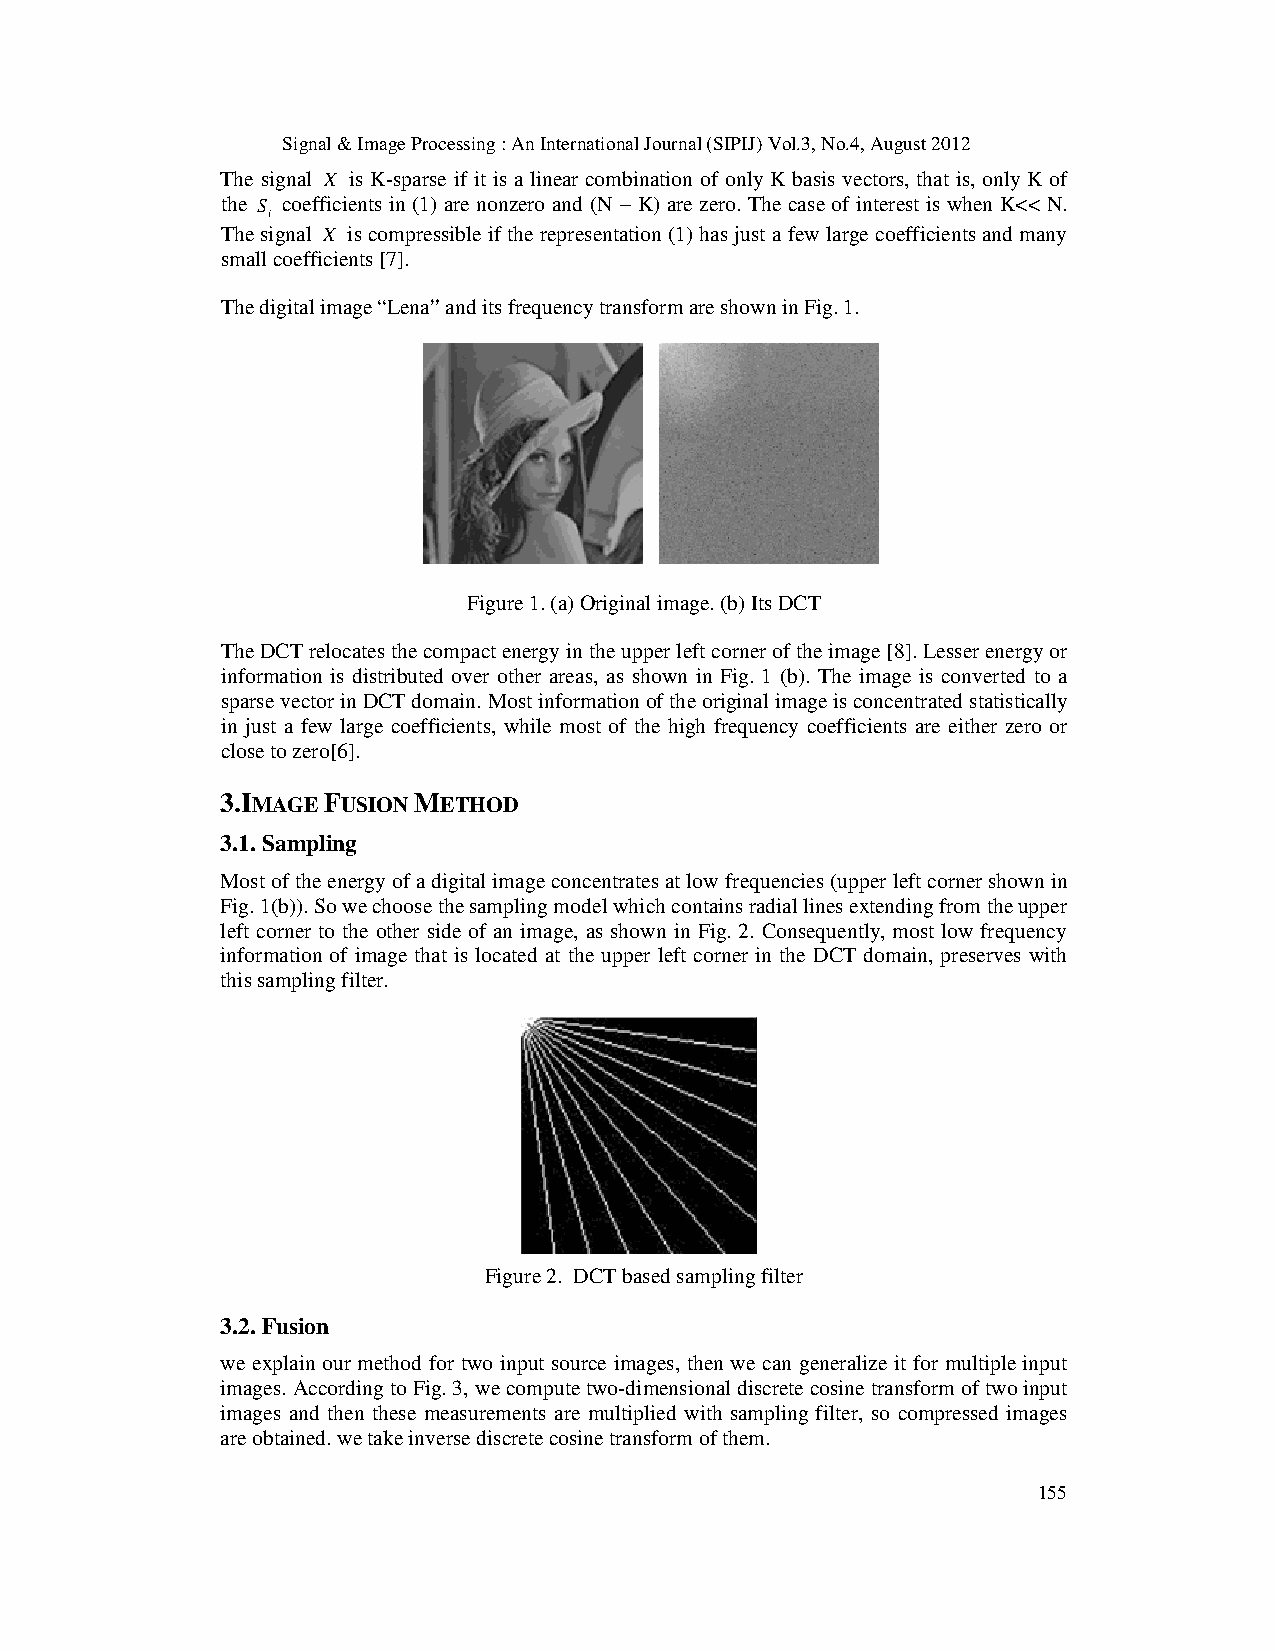
Signal & Image Processing : An International Journal (SIPIJ) Vol.3, No.4, August 2012
 The signal X is K-sparse if it is a linear combination of only K basis vectors, that is, only K of
 the S coefficients in (1) are nonzero and (N − K) are zero. The case of interest is when K<< N.
 i
 The signal X is compressible if the representation (1) has just a few large coefficients and many
 small coefficients [7].
 The digital image “Lena” and its frequency transform are shown in Fig. 1.
 Figure 1. (a) Original image. (b) Its DCT
 The DCT relocates the compact energy in the upper left corner of the image [8]. Lesser energy or
 information is distributed over other areas, as shown in Fig. 1 (b). The image is converted to a
 sparse vector in DCT domain. Most information of the original image is concentrated statistically
 in just a few large coefficients, while most of the high frequency coefficients are either zero or
 close to zero[6].
 3.IMAGE FUSION METHOD
 3.1. Sampling
 Most of the energy of a digital image concentrates at low frequencies (upper left corner shown in
 Fig. 1(b)). So we choose the sampling model which contains radial lines extending from the upper
 left corner to the other side of an image, as shown in Fig. 2. Consequently, most low frequency
 information of image that is located at the upper left corner in the DCT domain, preserves with
 this sampling filter.
 Figure 2. DCT based sampling filter
 3.2. Fusion
 we explain our method for two input source images, then we can generalize it for multiple input
 images. According to Fig. 3, we compute two-dimensional discrete cosine transform of two input
 images and then these measurements are multiplied with sampling filter, so compressed images
 are obtained. we take inverse discrete cosine transform of them.
 155